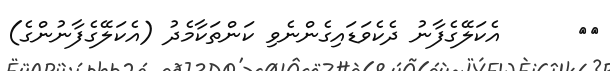
١١      އެކަލޭގެފާނު ދެކެވަޑައިގެންނެވި ކަންތަކާމެދު (އެކަލޭގެފާނުންގެ)